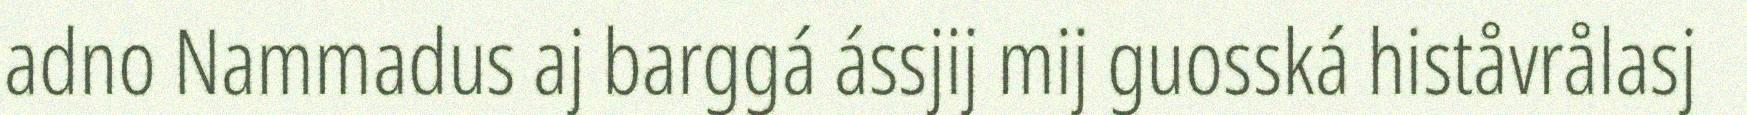
adno Nammadus aj barggá ássjij mij guosská histåvrålasj